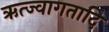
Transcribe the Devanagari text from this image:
ऋत्ज्वागतादि